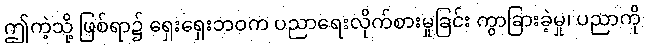
ဤကဲ့သို့ ဖြစ်ရာ၌ ရှေးရှေးဘဝက ပညာရေးလိုက်စားမှုခြင်း ကွာခြားခဲ့မှု၊ ပညာကို